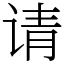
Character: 请